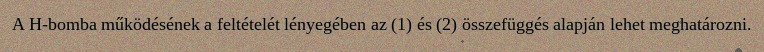
A H-bomba működésének a feltételét lényegében az (1) és (2) összefüggés alapján lehet meghatározni.